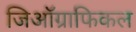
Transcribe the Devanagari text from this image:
जिऑग्राफिकल